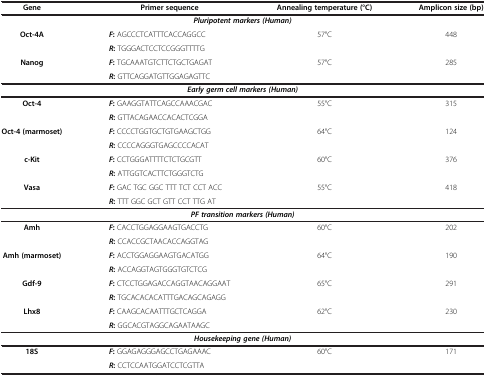
<table><thead><tr><td><b>Gene</b></td><td><b>Primer sequence</b></td><td><b>Annealing temperature (°C)</b></td><td><b>Amplicon size (bp)</b></td></tr></thead><tbody><tr><td colspan="4"><b><i>Pluripotent markers (Human)</i></b></td></tr><tr><td><b>Oct-4A</b></td><td><b><i>F</i></b><b>:</b> AGCCCTCATTTCACCAGGCC</td><td>57°C</td><td>448</td></tr><tr><td> </td><td><b><i>R</i></b><b>:</b> TGGGACTCCTCCGGGTTTTG</td><td> </td><td> </td></tr><tr><td><b>Nanog</b></td><td><b><i>F</i></b><b>:</b> TGCAAATGTCTTCTGCTGAGAT</td><td>57°C</td><td>285</td></tr><tr><td> </td><td><b><i>R</i></b><b>:</b> GTTCAGGATGTTGGAGAGTTC</td><td> </td><td> </td></tr><tr><td colspan="4"><b><i>Early germ cell markers (Human)</i></b></td></tr><tr><td><b>Oct-4</b></td><td><b><i>F</i></b><b>:</b> GAAGGTATTCAGCCAAACGAC</td><td>55°C</td><td>315</td></tr><tr><td> </td><td><b><i>R</i></b><b>:</b> GTTACAGAACCACACTCGGA</td><td> </td><td> </td></tr><tr><td><b>Oct-4 (marmoset)</b></td><td><b><i>F</i></b><b>:</b> CCCCTGGTGCTGTGAAGCTGG</td><td>64°C</td><td>124</td></tr><tr><td> </td><td><b><i>R</i></b><b>:</b> CCCCAGGGTGAGCCCCACAT</td><td> </td><td> </td></tr><tr><td><b>c-Kit</b></td><td><b><i>F</i></b><b>:</b> CCTGGGATTTTCTCTGCGTT</td><td>60°C</td><td>376</td></tr><tr><td> </td><td><b><i>R</i></b><b>:</b> ATTGGTCACTTCTGGGTCTG</td><td> </td><td> </td></tr><tr><td><b>Vasa</b></td><td><b><i>F</i></b><b>:</b> GAC TGC GGC TTT TCT CCT ACC</td><td>55°C</td><td>418</td></tr><tr><td> </td><td><b><i>R</i></b><b>:</b> TTT GGC GCT GTT CCT TTG AT</td><td> </td><td> </td></tr><tr><td colspan="4"><b><i>PF transition markers (Human)</i></b></td></tr><tr><td><b>Amh</b></td><td><b><i>F</i></b><b>:</b> CACCTGGAGGAAGTGACCTG</td><td>60°C</td><td>202</td></tr><tr><td> </td><td><b><i>R</i></b><b>:</b> CCACCGCTAACACCAGGTAG</td><td> </td><td> </td></tr><tr><td><b>Amh (marmoset)</b></td><td><b><i>F</i></b><b>:</b> ACCTGGAGGAAGTGACATGG</td><td>64°C</td><td>190</td></tr><tr><td> </td><td><b><i>R</i></b><b>:</b> ACCAGGTAGTGGGTGTCTCG</td><td> </td><td> </td></tr><tr><td><b>Gdf-9</b></td><td><b><i>F</i></b><b>:</b> CTCCTGGAGACCAGGTAACAGGAAT</td><td>65°C</td><td>291</td></tr><tr><td> </td><td><b><i>R</i></b><b>:</b> TGCACACACATTTGACAGCAGAGG</td><td> </td><td> </td></tr><tr><td><b>Lhx8</b></td><td><b><i>F</i></b><b>:</b> CAAGCACAATTTGCTCAGGA</td><td>62°C</td><td>230</td></tr><tr><td> </td><td><b><i>R</i></b><b>:</b> GGCACGTAGGCAGAATAAGC</td><td> </td><td> </td></tr><tr><td colspan="4"><b><i>Housekeeping gene (Human)</i></b></td></tr><tr><td><b>18S</b></td><td><b><i>F</i></b><b>:</b> GGAGAGGGAGCCTGAGAAAC</td><td>60°C</td><td>171</td></tr><tr><td> </td><td><b><i>R</i></b><b>:</b> CCTCCAATGGATCCTCGTTA</td><td> </td><td> </td></tr></tbody></table>